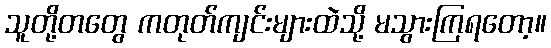
သူတို့တတွေ ကတုတ်ကျင်းများထဲသို့ မသွားကြရတော့။